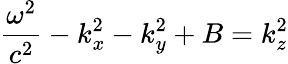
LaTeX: \frac{\omega^{2}}{c^{2}}-k_{x}^{2}-k_{y}^{2}+B=k_{z}^{2}